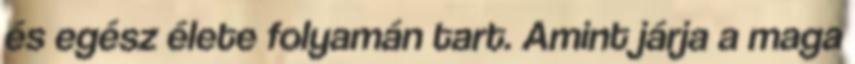
és egész élete folyamán tart. Amint járja a maga